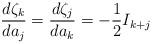
LaTeX: \begin{align*}\frac{d\zeta_k}{da_j}=\frac{d\zeta_j}{da_k}=-\frac{1}{2}I_{k+j}\end{align*}